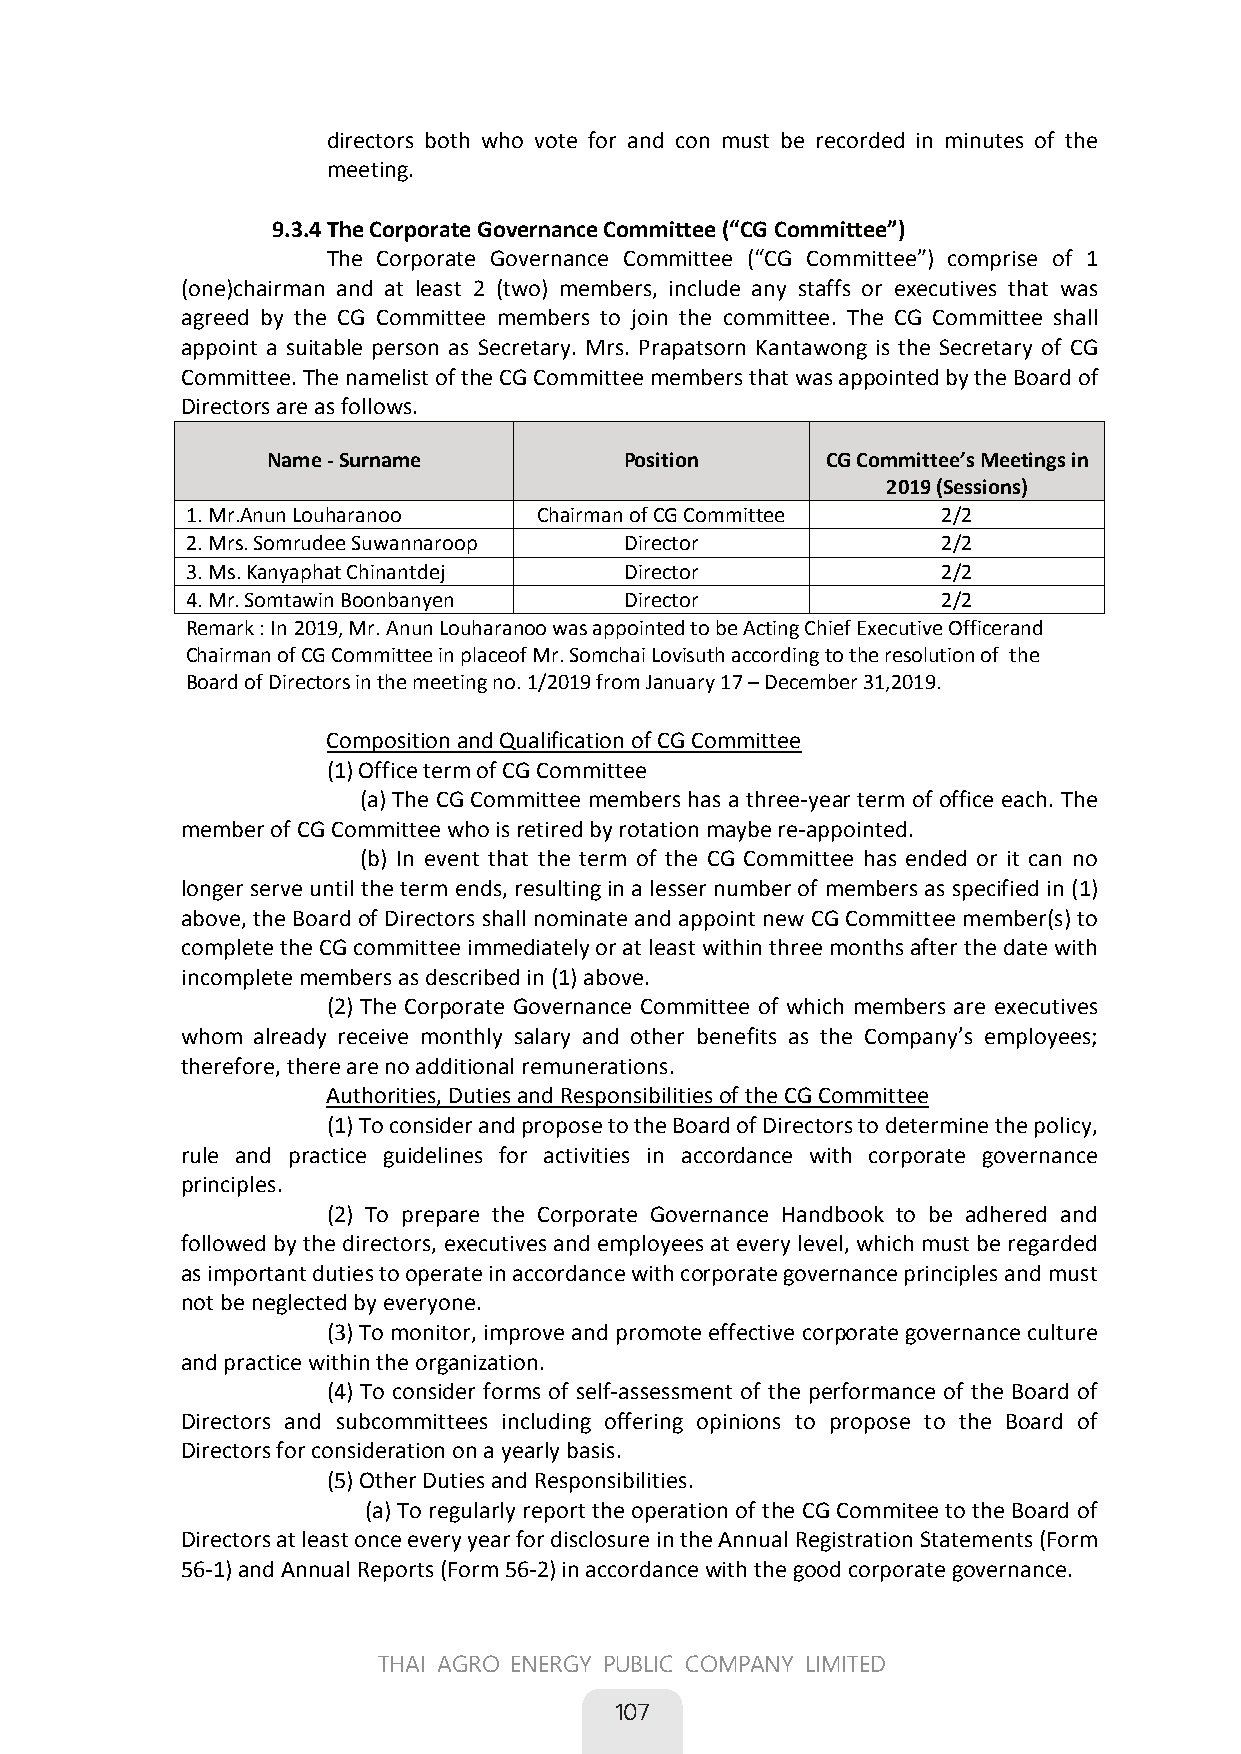
directors both who vote for and con must be recorded in minutes of the
 meeting.
 9.3.4 The Corporate Governance Committee (“CG Committee”)
 The Corporate Governance Committee (“CG Committee”) comprise of 1
 (one)chairman and at least 2 (two) members, include any staffs or executives that was
 agreed by the CG Committee members to join the committee. The CG Committee shall
 appoint a suitable person as Secretary. Mrs. Prapatsorn Kantawong is the Secretary of CG
 Committee. The namelist of the CG Committee members that was appointed by the Board of
 Directors are as follows.
 Name - Surname         Position      CG Committee’s Meetings in
 2019 (Sessions)
 1. Mr.Anun Louharanoo   Chairman of CG Committee  2/2
 2. Mrs. Somrudee Suwannaroop Director             2/2
 3. Ms. Kanyaphat Chinantdej  Director             2/2
 4. Mr. Somtawin Boonbanyen   Director             2/2
 Remark : In 2019, Mr. Anun Louharanoo was appointed to be Acting Chief Executive Officerand
 Chairman of CG Committee in placeof Mr. Somchai Lovisuth according to the resolution of the
 Board of Directors in the meeting no. 1/2019 from January 17 – December 31,2019.
 Composition and Qualification of CG Committee
 (1) Office term of CG Committee
 (a) The CG Committee members has a three-year term of office each. The
 member of CG Committee who is retired by rotation maybe re-appointed.
 (b) In event that the term of the CG Committee has ended or it can no
 longer serve until the term ends, resulting in a lesser number of members as specified in (1)
 above, the Board of Directors shall nominate and appoint new CG Committee member(s) to
 complete the CG committee immediately or at least within three months after the date with
 incomplete members as described in (1) above.
 (2) The Corporate Governance Committee of which members are executives
 whom already receive monthly salary and other benefits as the Company’s employees;
 therefore, there are no additional remunerations.
 Authorities, Duties and Responsibilities of the CG Committee
 (1) To consider and propose to the Board of Directors to determine the policy,
 rule and practice guidelines for activities in accordance with corporate governance
 principles.
 (2) To prepare the Corporate Governance Handbook to be adhered and
 followed by the directors, executives and employees at every level, which must be regarded
 as important duties to operate in accordance with corporate governance principles and must
 not be neglected by everyone.
 (3) To monitor, improve and promote effective corporate governance culture
 and practice within the organization.
 (4) To consider forms of self-assessment of the performance of the Board of
 Directors and subcommittees including offering opinions to propose to the Board of
 Directors for consideration on a yearly basis.
 (5) Other Duties and Responsibilities.
 (a) To regularly report the operation of the CG Commitee to the Board of
 Directors at least once every year for disclosure in the Annual Registration Statements (Form
 56-1) and Annual Reports (Form 56-2) in accordance with the good corporate governance.
 69
 THAI AGRO ENERGY PUBLIC COMPANY LIMITED
 
 107